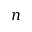
n